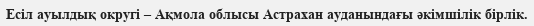
Есіл ауылдық округі – Ақмола облысы Астрахан ауданындағы әкімшілік бірлік.